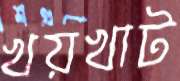
খয়খাট